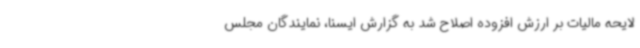
لایحه مالیات بر ارزش افزوده اصلاح شد به گزارش ایسنا، نمایندگان مجلس